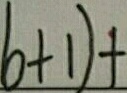
b + 1 ) +